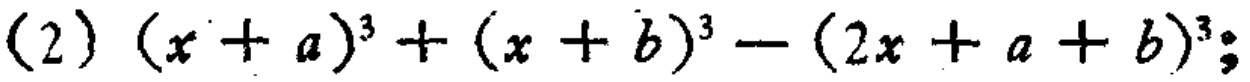
\((2)\ (x + a)^{3}+(x + b)^{3}-(2x + a + b)^{3}\)